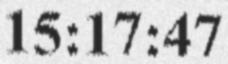
15:17:47